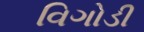
વિગોડી